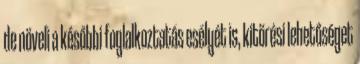
de növeli a későbbi foglalkoztatás esélyét is, kitörési lehetőséget